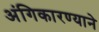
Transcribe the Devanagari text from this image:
अंगिकारण्याने